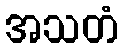
အသတံ